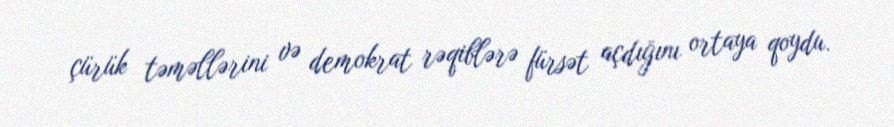
çürük təməllərini və demokrat rəqiblərə fürsət açdığını ortaya qoydu.